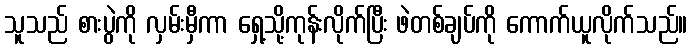
သူသည် စားပွဲကို လှမ်းမှီကာ ရှေ့သို့ကုန်းလိုက်ပြီး ဖဲတစ်ချပ်ကို ကောက်ယူလိုက်သည်။